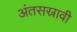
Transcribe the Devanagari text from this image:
अंतसस्रावी